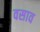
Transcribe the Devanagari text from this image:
वसाव